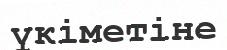
үкіметіне